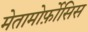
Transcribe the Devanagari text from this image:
मेतामोर्फ़ोसिस